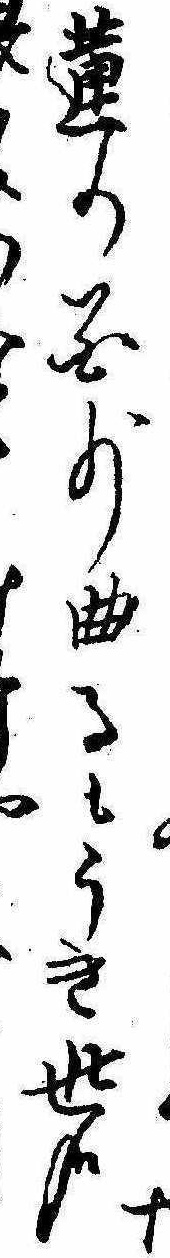
や蓮の花少曲るもうき世哉